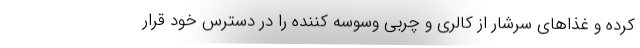
کرده و غذاهای سرشار از کالری و چربی وسوسه کننده را در دسترس خود قرار